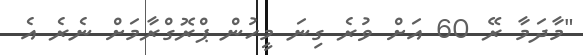
"މާދަމާ ރޭ 60 އަށް ވުރެ ގިނަ މީހުން ޕްރޮގްރާމަށް ނެރެ އެ